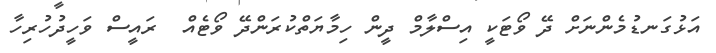
އަޅުގަނޑުމެންނަށް ދޭ ވޯޓަކީ އިސްލާމް ދީން ހިމާޔަތްކުރަންދޭ ވޯޓެއް  ރައީސް ވަހީދުހުރިހާ